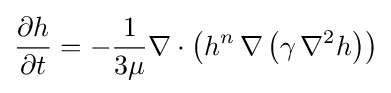
{\frac {\partial h}{\partial t}}=-{\frac {1}{3\mu }}\nabla \cdot \left(h^{n}\,\nabla \left(\gamma \,\nabla ^{2}h\right)\right)